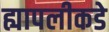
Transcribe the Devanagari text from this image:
ह्यापलीकडे